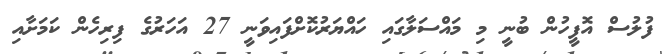
ފުލުސް އޮފީހުން ބުނީ މި މައްސަލާގައި ހައްޔަރުކޮށްފައިވަނީ 27 އަހަރުގެ ފިރިހެން ކަމަށާއި